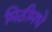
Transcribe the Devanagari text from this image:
मिठीमधे